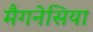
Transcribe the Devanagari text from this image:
मैगनेसिया